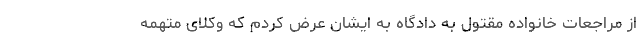
از مراجعات خانواده مقتول به‌ دادگاه به ایشان عرض کردم که وکلای متهمه